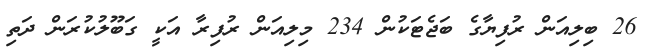
26 ބިލިއަން ރުފިޔާގެ ބަޖެޓަކުން 234 މިލިއަން ރުފިރާ އަކީ ގަބޫލުކުރަން ދަތި